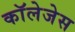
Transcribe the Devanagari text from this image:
काॅलेजेस